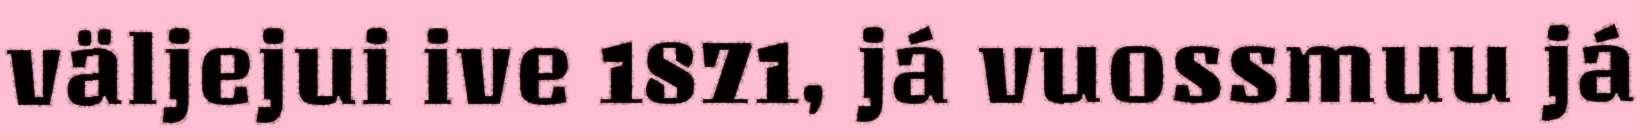
väljejui ive 1871, já vuossmuu já